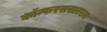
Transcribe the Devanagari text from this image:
कॉन्फरससारख्या